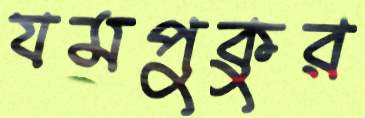
যমপুকুর